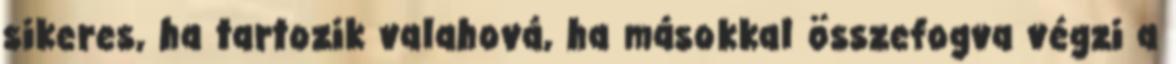
sikeres, ha tartozik valahová, ha másokkal összefogva végzi a